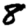
Digit: 8